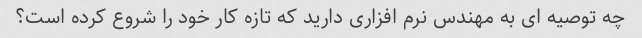
چه توصیه ای به مهندس نرم افزاری دارید که تازه کار خود را شروع کرده است؟